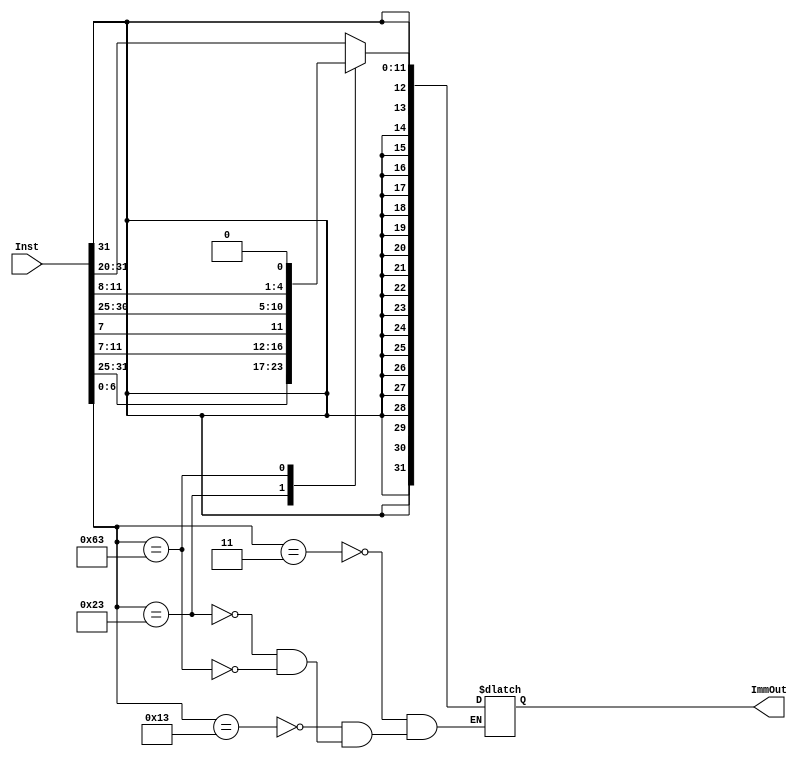
module ImmGen(
    input [31:0] Inst,
    output reg signed [31:0] ImmOut
);

    always@(*) begin
        case({Inst[6:0]})
            //I-load TYPE
            7'd3: ImmOut <= {{20{Inst[31]}},Inst[31:20]};
            //I-Artihmetic TYPE
            7'd19: ImmOut <= {{20{Inst[31]}},Inst[31:20]};
            //S-TYPE
            7'd35: ImmOut <= {{20{Inst[31]}},Inst[31:25], Inst[11:7]};
            //B-TYPE: calculating target address by adding pc value and 1bit left shifted Imm
            7'd99: ImmOut <= {{20{Inst[31]}}, Inst[31], Inst[7], Inst[30:25], Inst[11:8], 1'b0};
        endcase
    end

endmodule